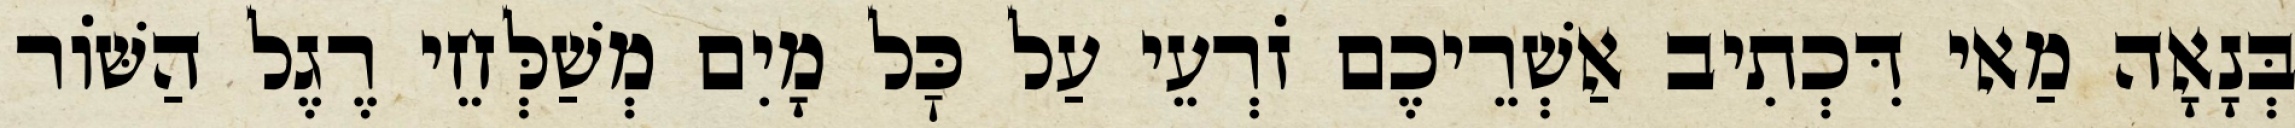
בְּנָאָה מַאי דִּכְתִיב אַשְׁרֵיכֶם זֹרְעֵי עַל כׇּל מָיִם מְשַׁלְּחֵי רֶגֶל הַשּׁוֹר